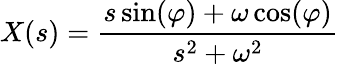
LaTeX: X(s)={\frac{s\sin(\varphi)+\omega\cos(\varphi)}{s^{2}+\omega^{2}}}